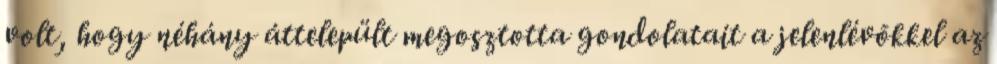
volt, hogy néhány áttelepült megosztotta gondolatait a jelenlévõkkel az